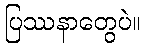
ပြဿနာတွေပဲ။